Civil Veterinary Dept. Bombay admin report 1907-1913 - 1907-1913
Year: 1907
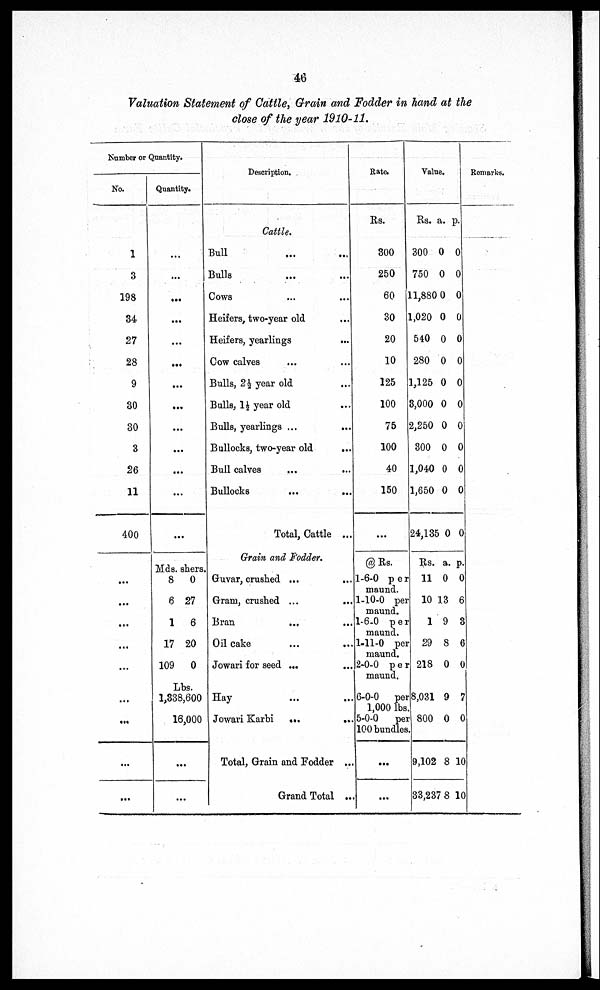
46
Valuation Statement of Cattle, Grain and Fodder in hand at the
close of the year 1910-11.
Number or Quantity.
No.
1
3
198
34
27
28
9
30
30
3
26
11
400
...
...
...
...
...
...
...
Quantity.
...
...
...
...
...
...
...
...
...
...
...
...
...
Mds. shers.
8 0
6 27
1 6
17 20
109 0
Lbs.
1,338,600
16,000
...
...
Description.
Cattle.
Bull ... ...
Bulls ... ...
Cows ... ...
Heifers, two-year old ...
Heifers, yearlings
...
Cow calves ... ...
Bulls, 2½ year old ...
Bulls, 1½ year old ...
Bulls, yearlings ...
...
Bullocks, two-year old
...
Bull calves ... ...
Bullocks
...
...
Total, Cattle ...
Grain and Fodder.
Guvar, crushed ... ...
Gram, crushed ... ...
Bran
... ...
Oil cake ... ...
Jowari for seed ... ...
Hay ... ...
Jowari Karbi
...
...
Total, Grain and Fodder ...
Grand Total ...
Rate.
Rs.
300
250
60
30
20
10
125
100
75
100
40
150
...
@Rs.
1-6-0 per
maund.
1-10-0 per
maund.
1-6-0 per
maund.
1-11-0 per
maund.
2-0-0 p e r
maund.
6-0-0 per
1,000 lbs
5-0-0 per
100 bundles
...
...
Value.
Rs. a. p.
300 0 0
750 0 0
11,880 0 0
1,020 0 0
540 0 0
280 0 0
1,125 0 0
3,000 0 0
2,250 0 0
300 0 0
1,040 0 0
1,650 0 0
24,185 0 0
Rs. a. p.
11 0 0
10 13 6
1 9 3
29 8 6
218 0 0
8,031 9 7
800 0 0
9,102 8 10
93,237 8 10
Remarks.